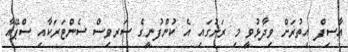
އާސިފް އިތުރަށް ވިދާޅުވީ މި ރަށުގައި އެ ކުންފުނީގެ ސަރވިސް ސެންޓަރަކާއި ސްޕޭއާ